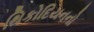
થિકોદિયનનો